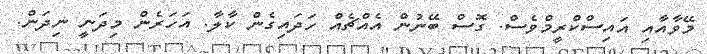
މޭވާއާއި އައިސްކްރީމްވެސް. ގޮސް ބޭނުން އެއްޗެއް ހަދައިގެން ކާލާ. އަހަރެން މިދަނީ ނިދަން.